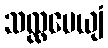
သလ္လပေယျံ